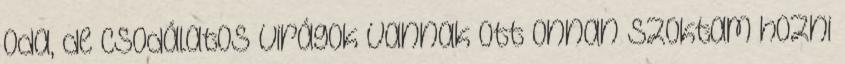
oda, de csodálatos virágok vannak ott Onnan szoktam hozni